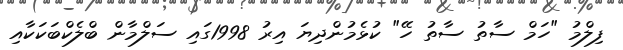
ފިލްމު "ހަމް ސާތު ސާތު ހޭ" ކުޅެމުންދިޔަ އިރު 1998ގައި ސަލްމާން ބްލެކްބަކަކާއި